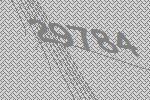
29784